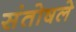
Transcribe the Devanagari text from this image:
संतोषले